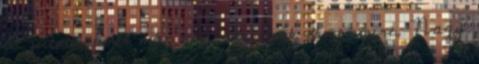
út jutott, amit már nem cserélnék el semmire. Nagy